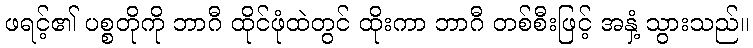
ဖရင့်၏ ပစ္စတိုကို ဘာဂီ ထိုင်ဖုံထဲတွင် ထိုးကာ ဘာဂီ တစ်စီးဖြင့် အနှံ့ သွားသည်။